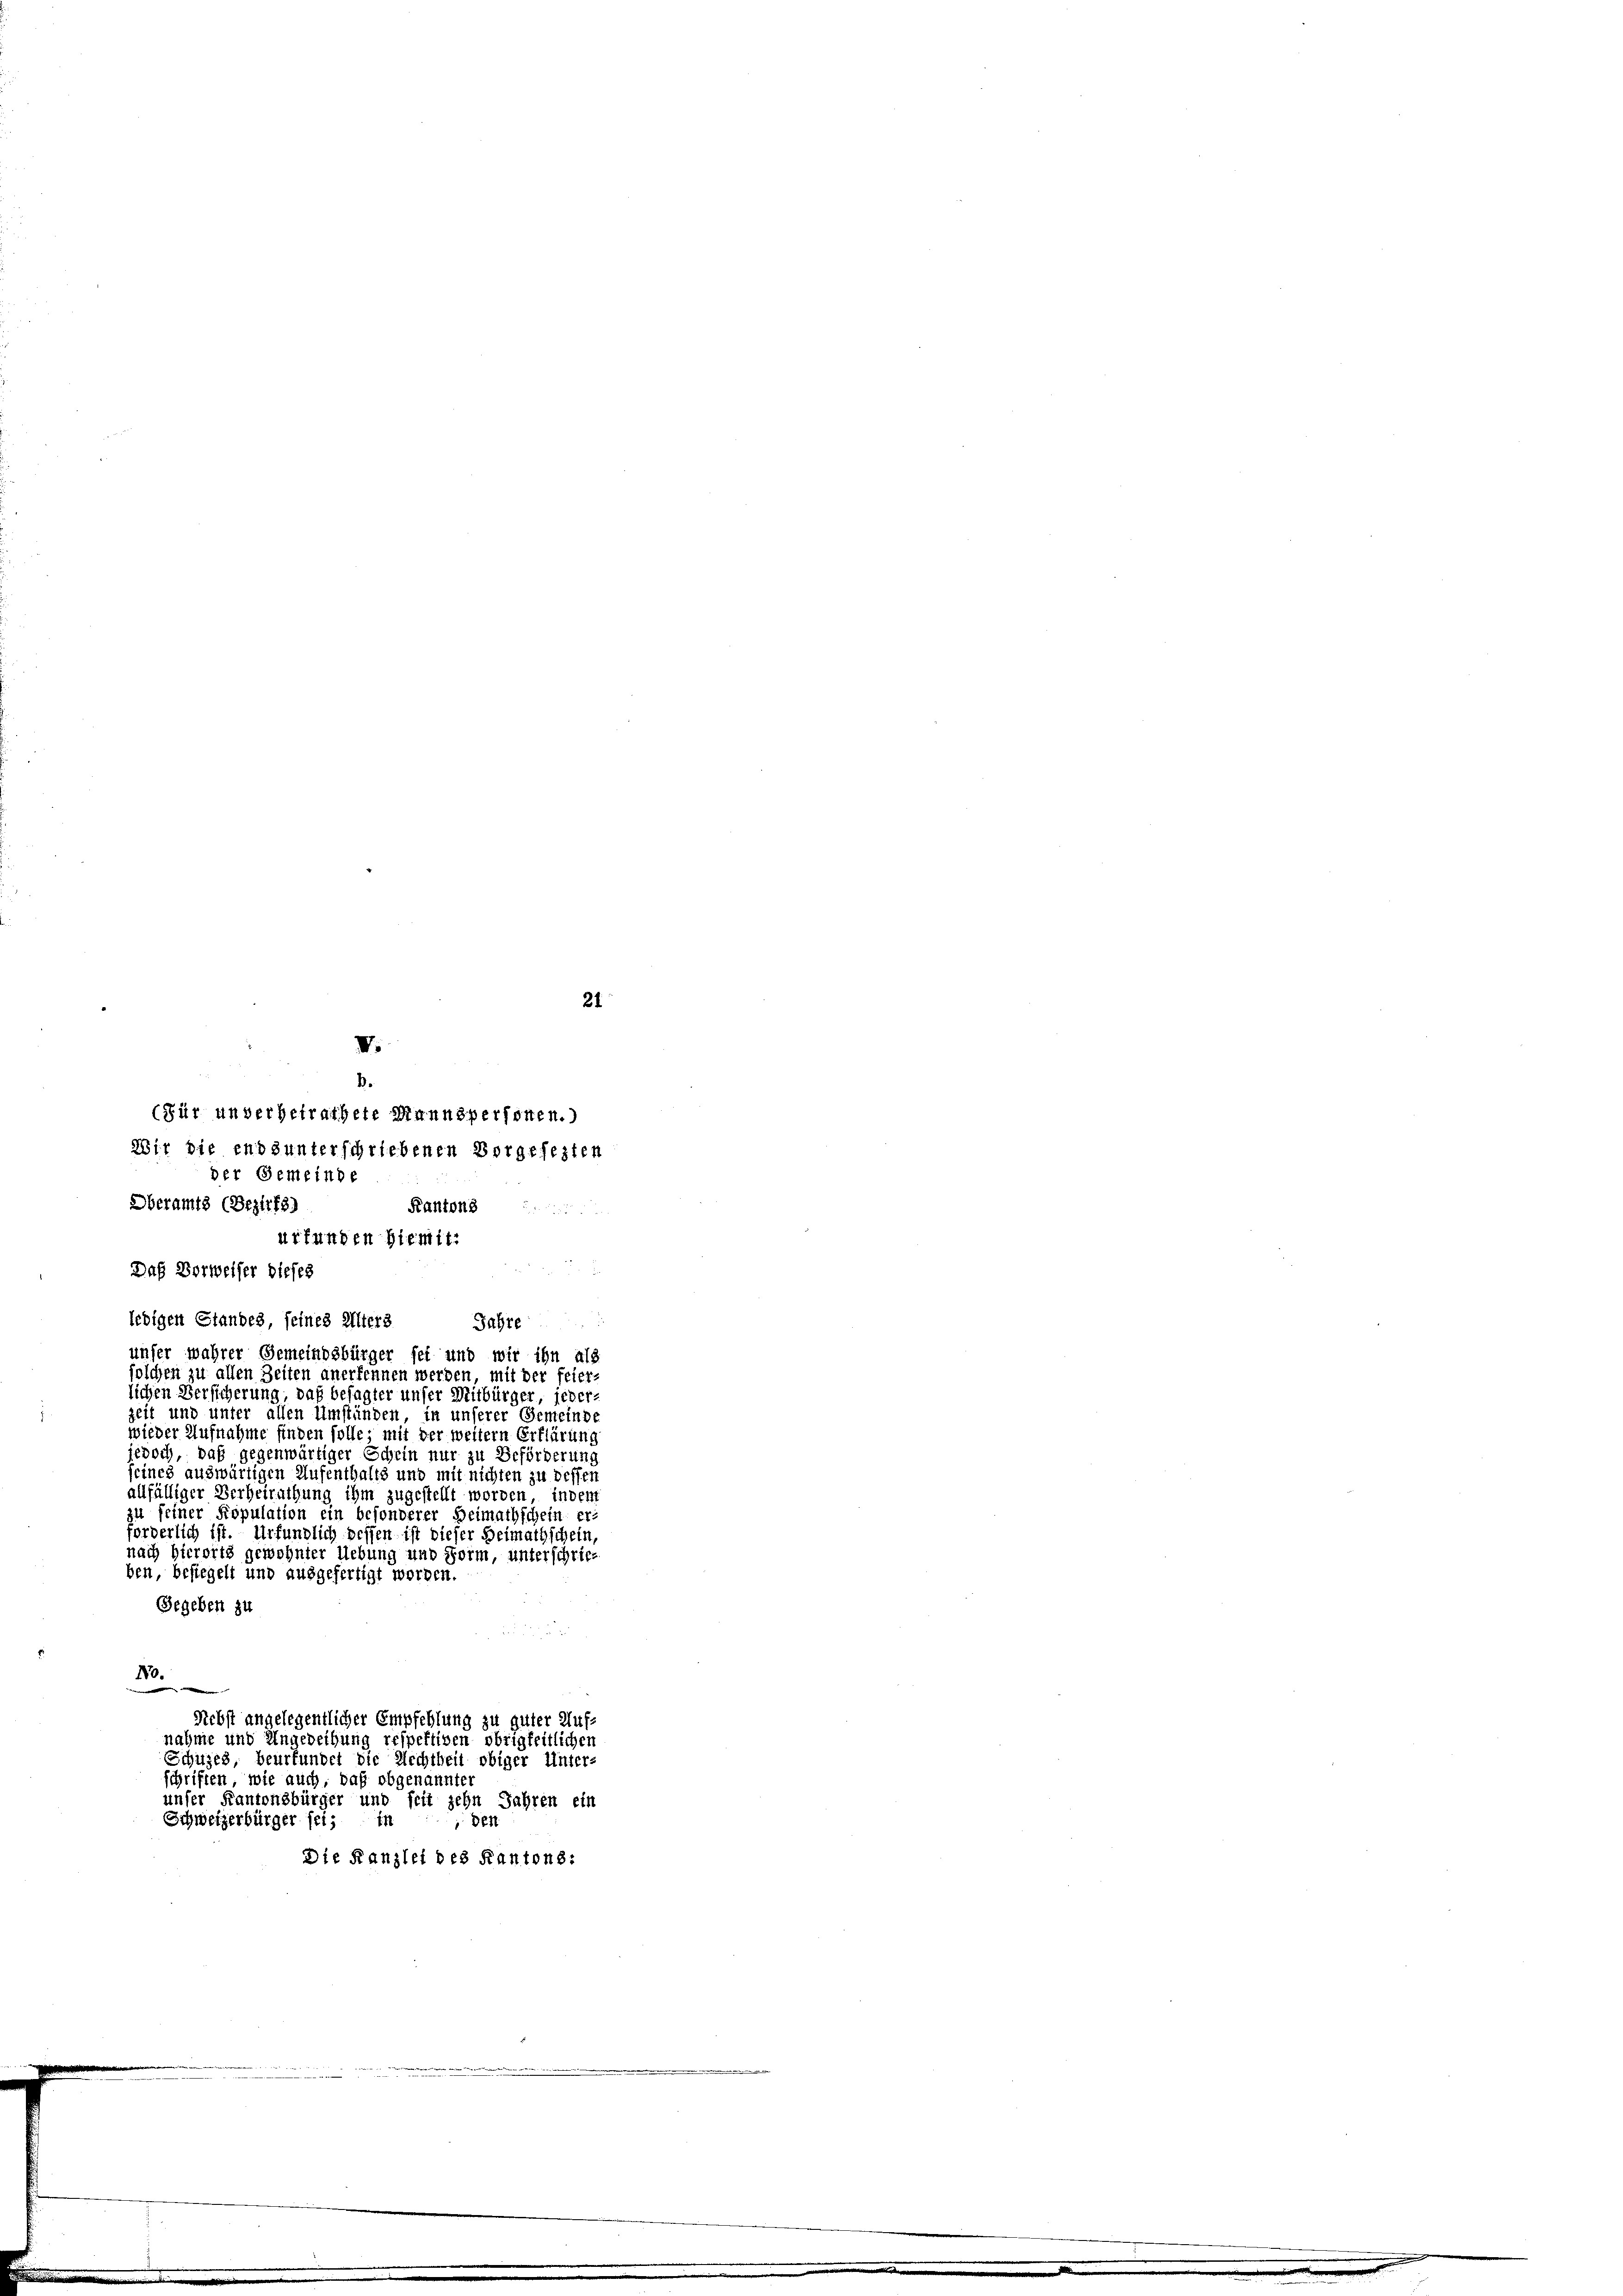
21
IV.
B.
(Für unverheirathete Mannspersonen.)
Wir die ends unterschriebenen Vorgesezten
der Gemeinde

Oberamts (Bezirks)
Kantons
urfunden hiemit.
Daß Vorweiser dieses
ledigen Standes seines Alters
.
Jahre
unser wahrer Gemeindsbürger fet und wir ihn als
solchen zu allen Zeiten anerkennen werden, mit der feier-
lichen Versicherung, daß besagter unser Mitbürger, jeder-
zeit und unter allen Umständen in unserer Gemeinde
wieder Aufnahme finden solle; mit der weitern Erklärung
jedoch, daß gegenwärtiger Schein nur zu Beförderung
eines auswärtigen Aufenthalts und mit nichten zu dessen
allfälliger Verheirathung ihm zugestellt worden, inden
zu feiner Population ein besonderer Beimathschein er-
forderlich ist. Urfundlich bessen ist dieser Heimathschein
nach hierorts gewohnter Uebung und Form, unterschrieb
ben, besiegelt und ausgefertigt worden.
Gegeben zu
180.
e
Nebst angelegentlicher Empfehlung zu guter Auf-
nahme und Ungedeihung respektiven obrigkeitlichen
Schulzes, beurfundet die Rechtbeit obiger Unter-
schriften, wie auch, daß obgenannter
unser Kantonsbürger und seit zehn Jahren ein
Schweizerbürger sei; in
den
Die Kanzlei des Kantons: